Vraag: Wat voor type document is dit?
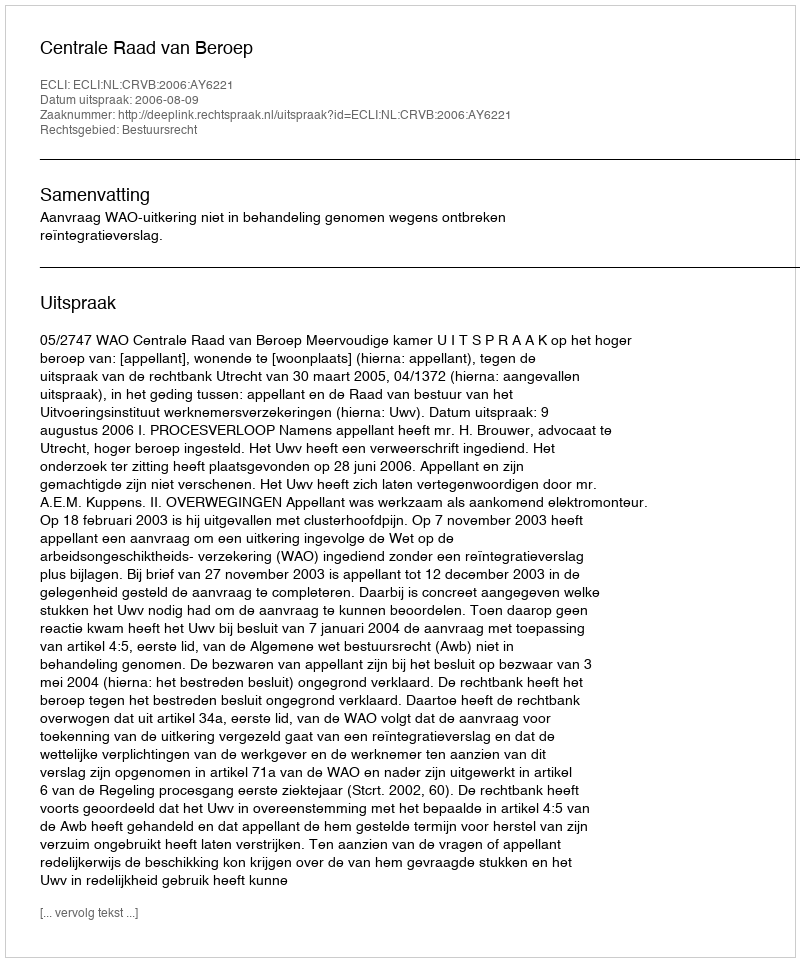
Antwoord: Uitspraak